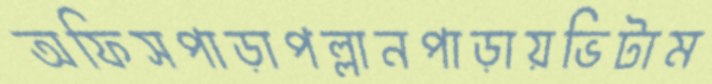
অফিসপাড়াপল্লানপাড়ায়ভিটাম